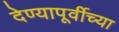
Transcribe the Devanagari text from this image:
देण्यापूर्वीच्या